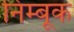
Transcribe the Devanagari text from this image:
निम्बूक